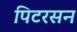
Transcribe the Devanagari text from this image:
पिटरसन